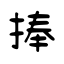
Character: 捧